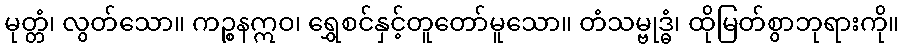
မုတ္တံ၊ လွတ်သော။ ကဉ္စနဣဝ၊ ရွှေစင်နှင့်တူတော်မူသော။ တံသမ္ဗုဒ္ဓံ၊ ထိုမြတ်စွာဘုရားကို။